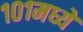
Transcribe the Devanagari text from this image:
१०१मध्ये